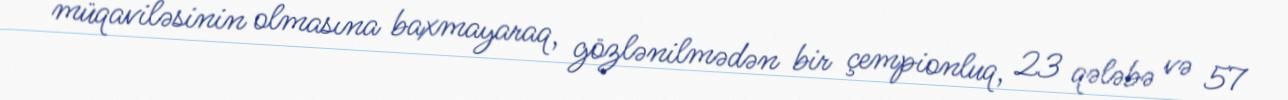
müqaviləsinin olmasına baxmayaraq, gözlənilmədən bir çempionluq, 23 qələbə və 57